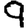
Digit: 9